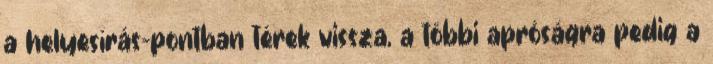
a helyesírás-pontban térek vissza, a többi apróságra pedig a